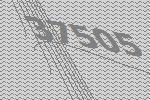
37505